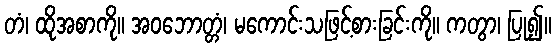
တံ၊ ထိုအစာကို။ အဝဘောတ္တံ၊ မကောင်းသဖြင့်စားခြင်းကို။ ကတွာ၊ ပြု၍။